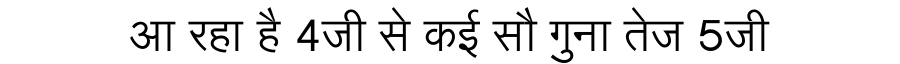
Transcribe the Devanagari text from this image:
आ रहा है 4जी से कई सौ गुना तेज 5जी